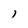
Character: 1